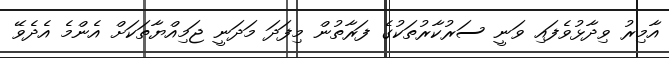
އާމިރު ވިދާޅުވެފައި ވަނީ ސަރުކާރުތަކުގެ ފަރާތުން މިފަދަ މަދަނީ ޖަމިއްޔާތަކަށް އެންމެ އެދެވޭ